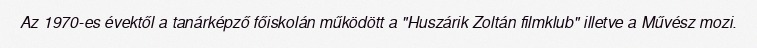
Az 1970-es évektől a tanárképző főiskolán működött a "Huszárik Zoltán filmklub" illetve a Művész mozi.